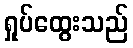
ရှုပ်ထွေးသည်